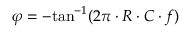
\varphi = - \mathrm { t a n } ^ { - 1 } ( 2 \pi \cdot R \cdot C \cdot f )